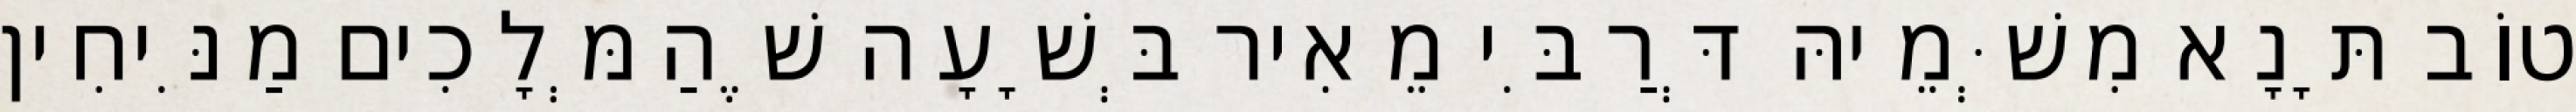
טוֹב תָּנָא מִשְּׁמֵיהּ דְּרַבִּי מֵאִיר בְּשָׁעָה שֶׁהַמְּלָכִים מַנִּיחִין